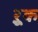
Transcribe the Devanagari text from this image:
ऱूक